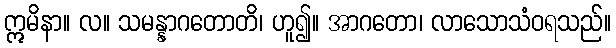
ဣမိနာ။ လ။ သမန္နာဂတောတိ၊ ဟူ၍။ အာဂတော၊ လာသောသံဝရသည်။